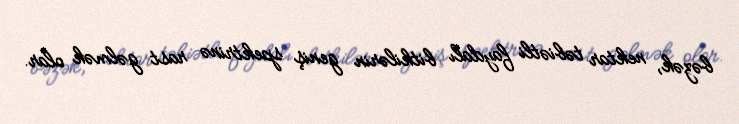
bəzək, nektar təbiətli faydalı bitkilərin geniş spektrinə rast gəlmək olar.